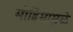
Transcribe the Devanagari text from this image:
मोहिंमामुळे